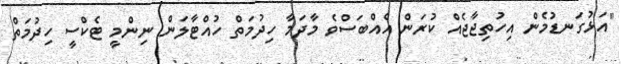
"އަޅުގަނޑުމެން އިހުތިޖާޖެއް ކުރަން އެއްބަސްވެ މާދަމާ ހިދުމަތް ހުއްޓާލަން ނިންމީ ޓެކްސީ ހިދުމަތް